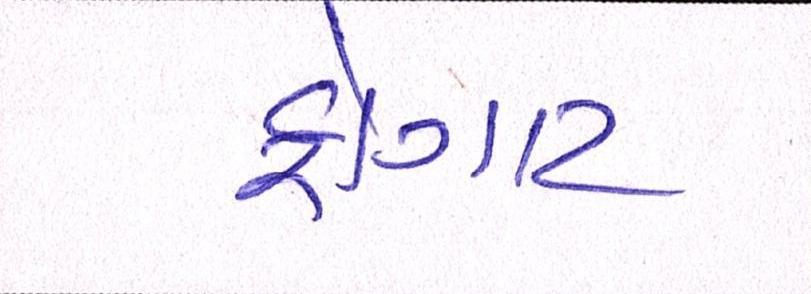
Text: ફોગાટ